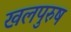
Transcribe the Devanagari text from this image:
खलपुरुष